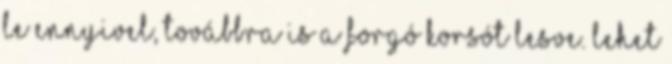
le ennyivel, továbbra is a forgó korsót lesve. Lehet